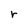
Character: r